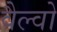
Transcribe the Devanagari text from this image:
वैल्वो